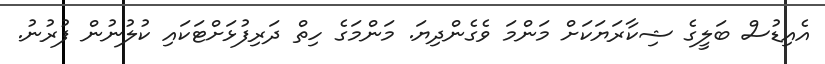
އެއިޑުސް ބަލީގެ ޝިކާރަޔަކަށް މަންމަ ވެގެންދިޔަ. މަންމަގެ ހިތް ދަރިފުޅަށްޓަކައި ކުލުނުން ފުރުނު.